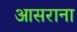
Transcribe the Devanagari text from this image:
आसराना